Vaccination returns of the Province of Eastern Bengal and Assam - 1905-1912
Year: 1905
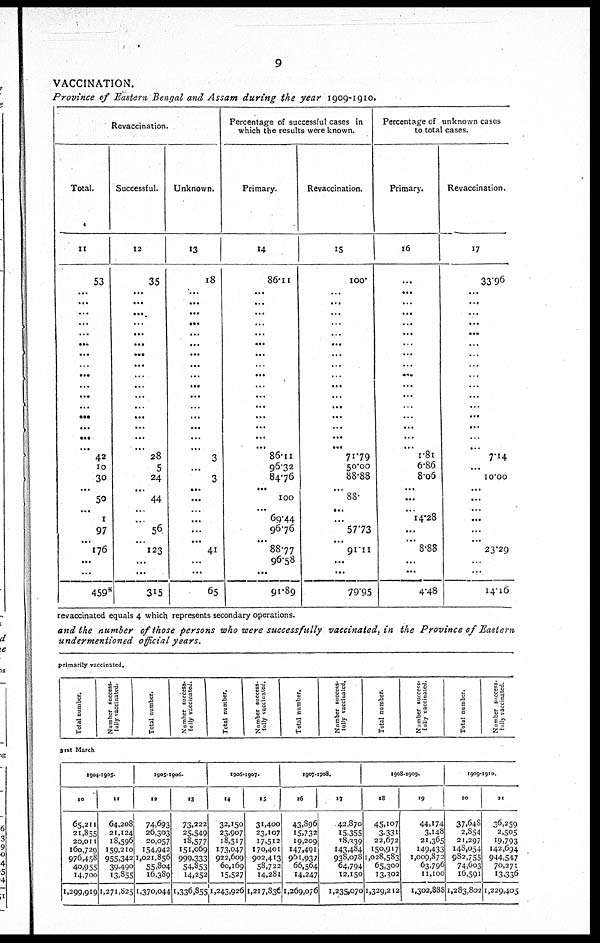
9
VACCINATION.
Province of Eastern Bengal and Assam during the year 1909-1910.
Revaccination.
Total.
11
53
...
...
...
...
...
...
...
...
...
...
...
...
...
...
...
...
42
10
30
...
50
...
1
97
...
176
...
...
459*
Successful.
12
35
...
...
...
...
...
...
. ..
...
...
...
...
...
...
...
...
...
28
5
24
...
44
...
...
56
...
123
...
...
315
Unknown.
13
18
...
...
...
...
...
...
...
...
...
...
...
...
...
...
...
...
3
...
3
...
...
...
...
...
...
41
...
...
65
Percentage of successful cases in
which the results were known.
Primary.
14
86.11
...
...
...
...
...
...
...
...
...
...
...
...
...
...
...
...
86.11
96.32
84.76
...
100
...
69.44
96.76
...
88.77
96.58
...
91.89
Revaccination.
15
100.
...
...
...
...
...
...
...
...
...
...
...
...
...
...
...
...
71.79
50.00
88.88
...
88.
...
...
57.73
...
91.11
...
...
79.95
Percentage of unknown cases
to total cases.
Primary.
16
...
...
...
...
...
...
...
...
...
...
...
...
...
...
...
...
...
1.81
6.86
8.06
...
...
...
14.28
...
...
8.88
...
...
4.48
Revaccination.
17
33.96
...
...
...
...
...
...
...
...
...
...
...
...
...
...
...
...
7.14
...
10.00
...
...
...
...
...
...
23.29
...
...
14.16
revaccinated equals 4 which represents secondary operations.
and the number of those persons who were successfully vaccinated, in the Province of Eastern
undermentioned official years.
primarily vaccinated.
Total number.
Number success-
fully vaccinated.
Total number.
Number success-
fully vaccinated.
Total number.
Number success-
fully vaccinated.
Total number.
Number success-
tully vaccinated.
Total number.
Number success-
fully vaccinated.
Total number.
Number success-
fully vaccinated.
31st March
1904-1905.
10
65,211
21,855
20,011
160,729
976,458
40,955
14,700
1,299,919
11
64,208
21,124
18,596
159,210
955,342
39,490
13,355
1,271,825
1905-1906.
12
74,693
26,303
20,057
154,942
1,021,856
55,804
16,389
1,370,044
13
73,222
25,549
18,577
151,069
999,333
54,853
14,252
1,336,855
1906-1907.
14
32,150
23,907
18,517
173,047
922,609
60,169
15,527
1,245,926
15
31,400
23,107
17,512
170,401
902,413
58,722
14,281
1,217,836
1907-1908.
16
43,896
15,732
19,209
147,491
961,937
66,564
14,247
1,269,076
17
42,870
15,355
18,339
143,484
938,078
64,794
12,150
1,235,070
1908-1909.
18
45,107
3,331
22,672
150,917
1,028,583
65,300
13,302
1,329,212
19
44,174
3,148
21,365
149,433
1,009,872
63,796
11,100
1,302,888
1909-1910.
20
37,648
2,854
21,297
148,054
982,755
74,603
16,591
1,283,802
21
36,259
2,505
19,793
142,694
944,547
70,271
13,336
1,229,405